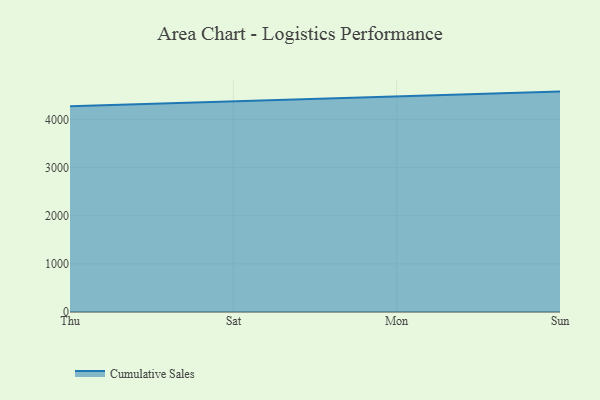
{"axis": {"x": "Day", "y": "Production Output"}, "legend": ["Cumulative Sales"], "data": [{"x": "Thu", "y": 4274.4, "type": "Cumulative Sales"}, {"x": "Sat", "y": 4375.1, "type": "Cumulative Sales"}, {"x": "Mon", "y": 4473.9, "type": "Cumulative Sales"}, {"x": "Sun", "y": 4576.9, "type": "Cumulative Sales"}]}